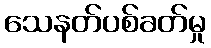
သေနတ်ပစ်ခတ်မှု